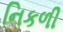
નિકળી